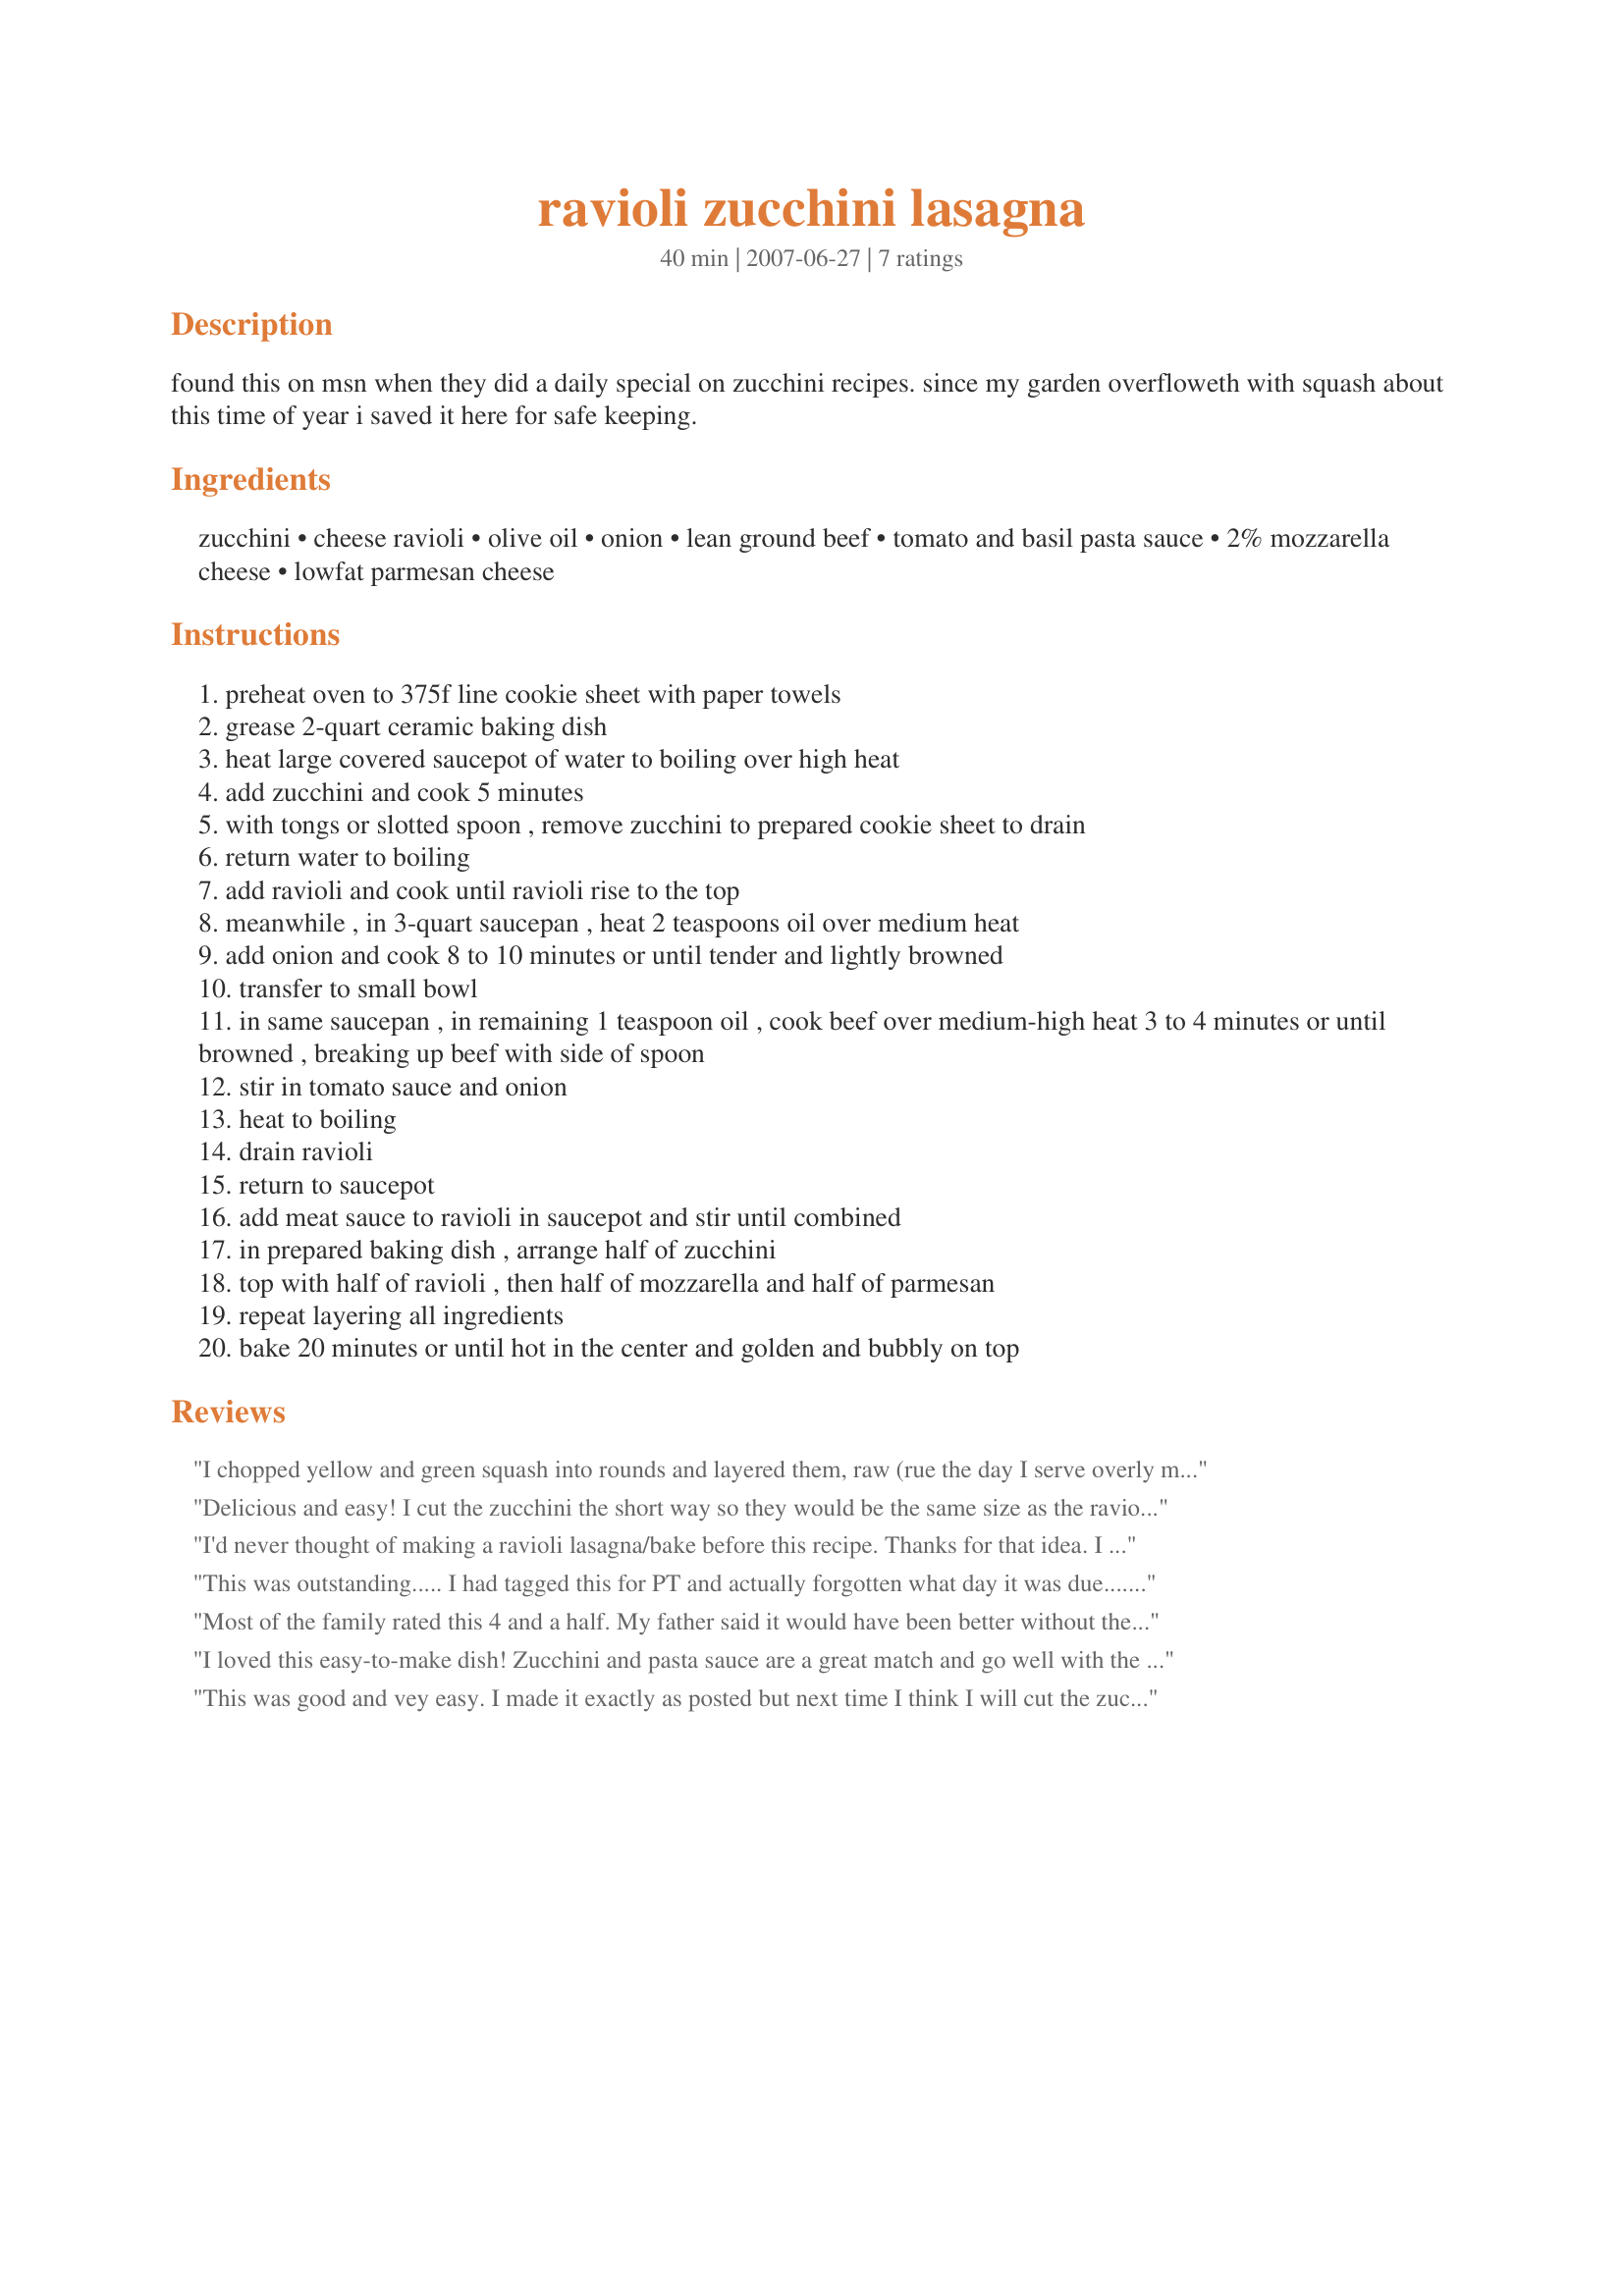
ravioli zucchini lasagna
Preparation time: 40 minutes

found this on msn when they did a daily special on zucchini recipes. since my garden overfloweth with squash about this time of year i saved it here for safe keeping.

Ingredients:
zucchini, cheese ravioli, olive oil, onion, lean ground beef, tomato and basil pasta sauce, 2% mozzarella cheese, lowfat parmesan cheese

Steps:
preheat oven to 375f line cookie sheet with paper towels
grease 2-quart ceramic baking dish
heat large covered saucepot of water to boiling over high heat
add zucchini and cook 5 minutes
with tongs or slotted spoon , remove zucchini to prepared cookie sheet to drain
return water to boiling
add ravioli and cook until ravioli rise to the top
meanwhile , in 3-quart saucepan , heat 2 teaspoons oil over medium heat
add onion and cook 8 to 10 minutes or until tender and lightly browned
transfer to small bowl
in same saucepan , in remaining 1 teaspoon oil , cook beef over medium-high heat 3 to 4 minutes or until browned , breaking up beef with side of spoon
stir in tomato sauce and onion
heat to boiling
drain ravioli
return to saucepot
add meat sauce to ravioli in saucepot and stir until combined
in prepared baking dish , arrange half of zucchini
top with half of ravioli , then half of mozzarella and half of parmesan
repeat layering all ingredients
bake 20 minutes or until hot in the center and golden and bubbly on top

Reviews:
I chopped yellow and green squash into rounds and layered them, raw (rue the day I serve overly mushy squash), with cheese, sauce, and ravioli - skipping the beef, baked 30 minutes then served with garlic breadsticks and a salad for an easy weeknight meal.
Delicious and easy! I cut the zucchini the short way so they would be the same size as the ravioli (made for really easy serving later!). I didn't want the zucchini to get too cooked down, so I sauteed them with the onions. I omitted the beef (don't eat it) and Parmesan, used homemade tomato sauce and shredded asiago cheese (it was on hand), and used mozzarella & spinach ravioli. It was wonderful! Thank you for a keeper!
I'd never thought of making a ravioli lasagna/bake before this recipe. Thanks for that idea. I thought the whole thing was a bit bland but perhaps I could change the sauce to help that out. Pretty easy to make but next time I would not cut zucchini lengthwise but make it more a part of the dish--cutting it into disks or something.
This was outstanding..... I had tagged this for PT and actually forgotten what day it was due.... Annacia send me a friendly reminder last night and I threw it together in no time.... This was so quick and easy to prepare.... I actually think it took less than the 40 min. prep time listed.... The flavor was great.... My first time eating zucchini in lasagna and it was great.... What a wonderful way to get more veggies in the kids diet..... Oh, how I'll be making this time after time.
Most of the family rated this 4 and a half. My father said it would have been better without the zuchinni - he is anti vegetable lol. Anyway we enjoyed it. I found that 1 cup of cheese wasnt enough so I doubled it.
I loved this easy-to-make dish! Zucchini and pasta sauce are a great match and go well with the ravioli and meat. I lightly sauted my zucchini slices instead of boiling them, otherwise made as specified. Thanks for posting this yummy recipe!
This was good and vey easy. I made it exactly as posted but next time I think I will cut the zucchini smaller and mix it in rather than layer it. My DH would have preferred if I left the zucchini out altogether, so maybe this will blend it in more. I also think I will make it with my own spaghetti sauce next time with meat balls instead of jarred sauce with meat mixed in (but that is because I am a spaghetti sauce snob, lol). All in all, a good dish!
